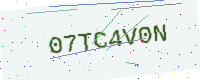
Text: 07TC4V0N